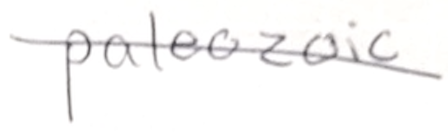
Text: paleozoic
Cross-out: diagonal
Writing tool: pencil